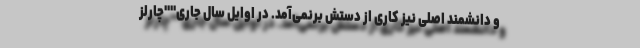
و دانشمند اصلی نیز کاری از دستش برنمی‌آمد. در اوایل سال جاری""چارلز